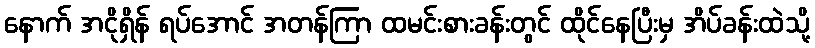
နောက် အငိုရှိန် ရပ်အောင် အတန်ကြာ ထမင်းစားခန်းတွင် ထိုင်နေပြီးမှ အိပ်ခန်းထဲသို့